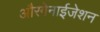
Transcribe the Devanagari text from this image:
औरगेनाईजेशन